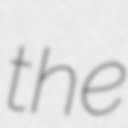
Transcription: the